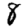
Digit: 8